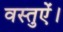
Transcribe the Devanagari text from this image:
वस्तुऐं।